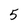
Character: 5